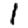
Digit: 1